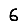
Digit: 6